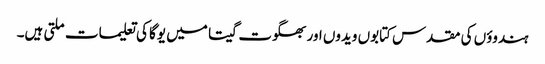
ہندوؤں کی مقدس کتابوں ویدوں اور بھگوت گیتا میں یوگا کی تعلیمات ملتی ہیں۔